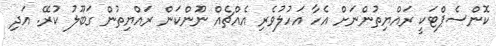
ކޮންސެޕްޓަކީ ރައްޔިތުންނަށް އެހާ އަހުލުވެރި އެއްޗެއް ނޫންކަން ރައްޔިތުން ގަބޫލު ކުރޭ. އަދި